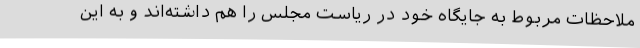
ملاحظات مربوط به جایگاه خود در ریاست مجلس را هم داشته‌اند و به این